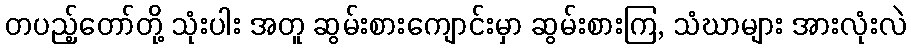
တပည့်တော်တို့ သုံးပါး အတူ ဆွမ်းစားကျောင်းမှာ ဆွမ်းစားကြ, သံဃာများ အားလုံးလဲ